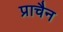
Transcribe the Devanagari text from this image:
प्राचैन